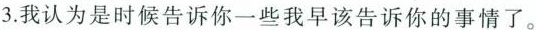
3.我认为是时候告诉你一些我早该告诉你的事情了。